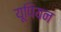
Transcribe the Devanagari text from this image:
यूपियन